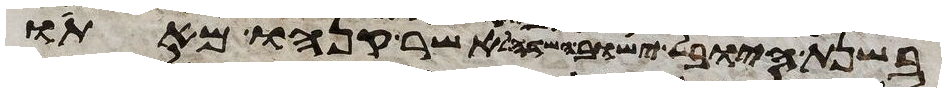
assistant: בשנת היובל ישוב השדה לאשר קנהו מאתו